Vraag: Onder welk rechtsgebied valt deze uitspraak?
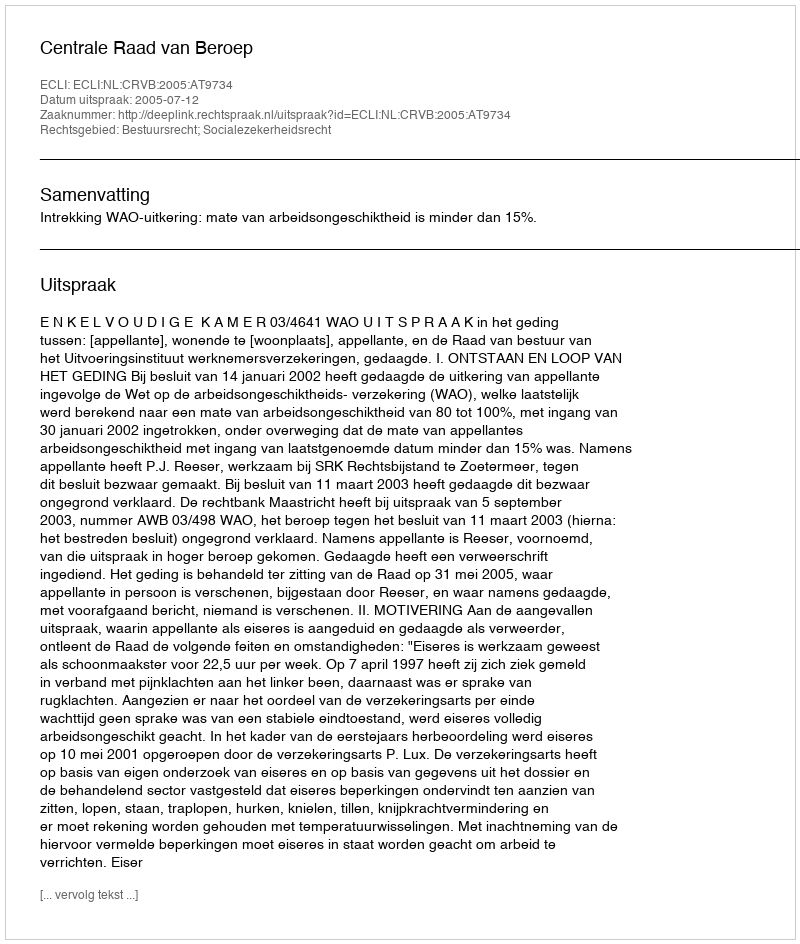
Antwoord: Bestuursrecht; Socialezekerheidsrecht